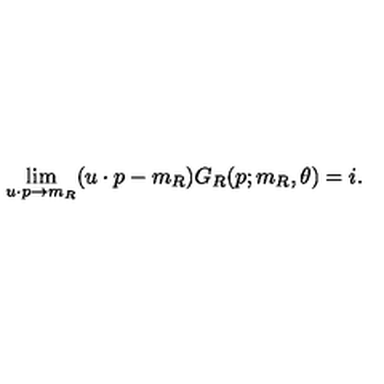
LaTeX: \lim _ { u \cdot p \to m _ { R } } ( u \cdot p - m _ { R } ) G _ { R } ( p ; m _ { R } , \theta ) = i .